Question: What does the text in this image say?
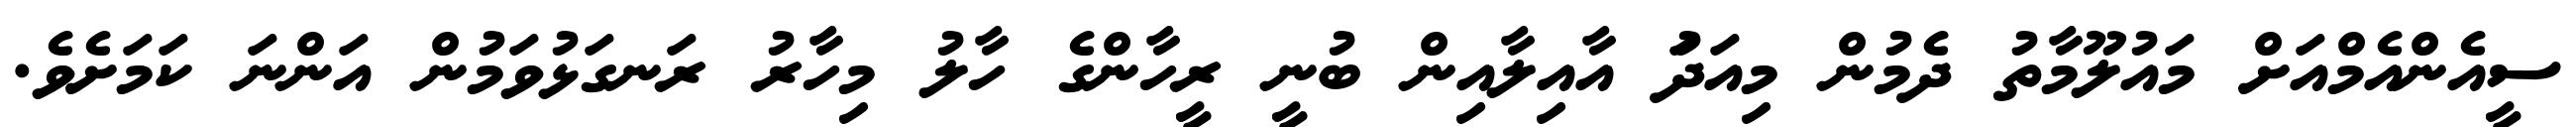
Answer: ސީއެންއެމްއަށް މައުލޫމާތު ދެމުން މިއަދަު އާއިލާއިން ބުނީ ރީހާންގެ ހާލު މިހާރު ރަނގަޅުވަމުން އަންނަ ކަމަށެވެ.